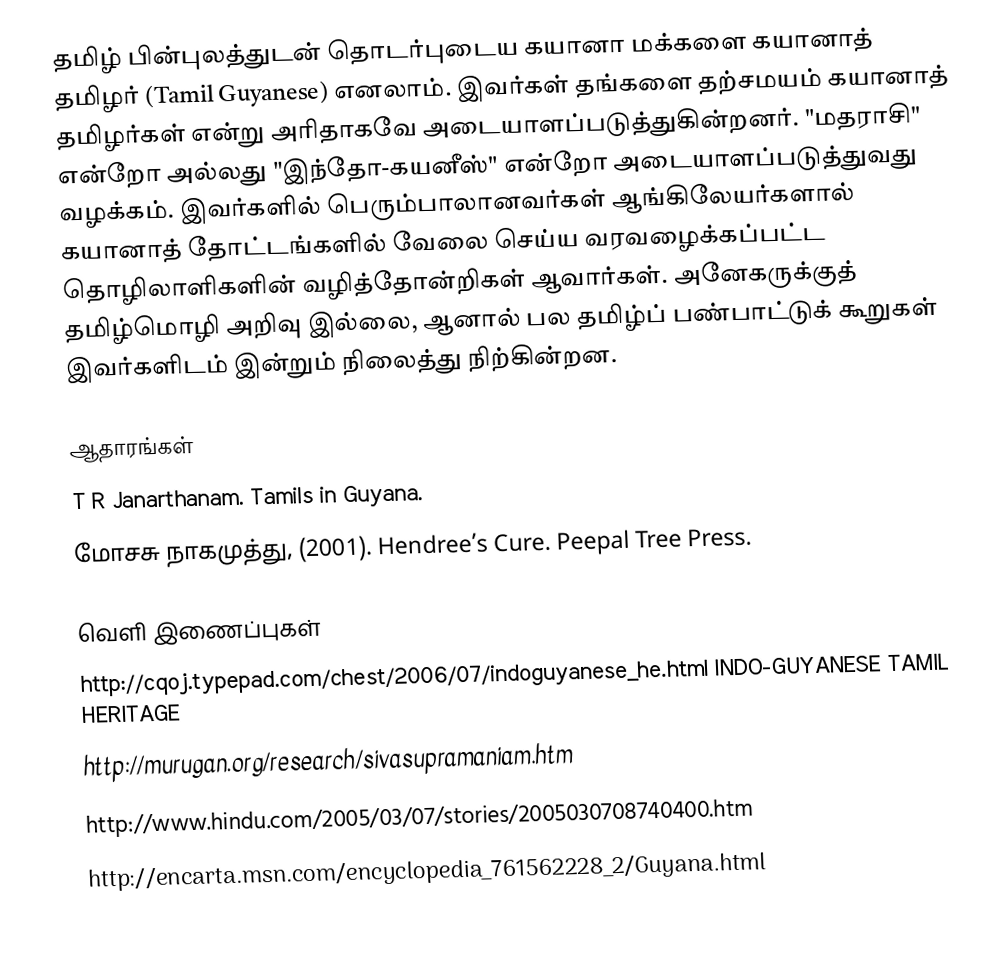
தமிழ் பின்புலத்துடன் தொடர்புடைய கயானா மக்களை கயானாத் தமிழர் (Tamil Guyanese) எனலாம்.  இவர்கள் தங்களை தற்சமயம் கயானாத் தமிழர்கள் என்று அரிதாகவே அடையாளப்படுத்துகின்றனர்.  "மதராசி" என்றோ அல்லது "இந்தோ-கயனீஸ்" என்றோ அடையாளப்படுத்துவது வழக்கம்.  இவர்களில் பெரும்பாலானவர்கள்  ஆங்கிலேயர்களால் கயானாத் தோட்டங்களில் வேலை செய்ய வரவழைக்கப்பட்ட தொழிலாளிகளின் வழித்தோன்றிகள் ஆவார்கள்.  அனேகருக்குத் தமிழ்மொழி அறிவு இல்லை, ஆனால் பல தமிழ்ப் பண்பாட்டுக் கூறுகள் இவர்களிடம் இன்றும் நிலைத்து நிற்கின்றன.

ஆதாரங்கள்
 T R Janarthanam. Tamils in Guyana.
 மோசசு நாகமுத்து, (2001). Hendree’s Cure. Peepal Tree Press.

வெளி இணைப்புகள்
 http://cqoj.typepad.com/chest/2006/07/indoguyanese_he.html INDO-GUYANESE TAMIL HERITAGE
 http://murugan.org/research/sivasupramaniam.htm
 http://www.hindu.com/2005/03/07/stories/2005030708740400.htm
 http://encarta.msn.com/encyclopedia_761562228_2/Guyana.html